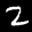
Label: 2